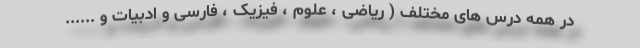
در همه درس های مختلف ( ریاضی ، علوم ، فیزیک ، فارسی و ادبیات و ......